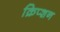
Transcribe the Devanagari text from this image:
क्रिप्शन